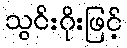
သွင်းဂိုးဖြင့်